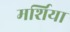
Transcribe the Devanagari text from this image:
मर्शिया